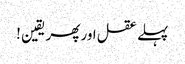
پہلے عقل اور پھر یقین !